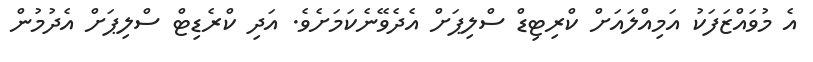
އެ މުވައްޒަފަކު އަމިއްލައަށް ކްރިޓިޑް ސްލިޕަަށް އެދެވޭނެކަމަށެވެ. އަދި ކްރެޑިޓް ސްލިޕަށް އެދުމުން